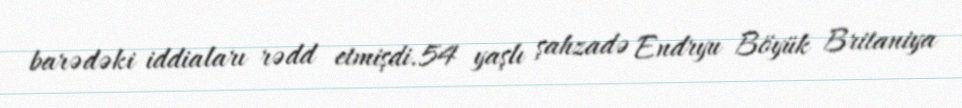
barədəki iddiaları rədd etmişdi.54 yaşlı şahzadə Endryu Böyük Britaniya